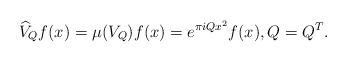
\begin{align*}\widehat{V}_Q f(x) = \mu(V_Q) f(x) = e^{\pi i Q x^2} f(x), Q = Q^T.\end{align*}